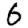
Digit: 6